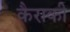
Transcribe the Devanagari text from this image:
कैराकी